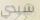
سيدي